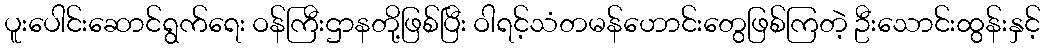
ပူးပေါင်းဆောင်ရွက်ရေး ဝန်ကြီးဌာနတို့ဖြစ်ပြီး ဝါရင့်သံတမန်ဟောင်းတွေဖြစ်ကြတဲ့ ဦးသောင်းထွန်းနှင့်